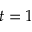
t = 1